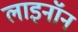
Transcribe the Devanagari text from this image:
लाइनॉन